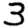
Digit: 3